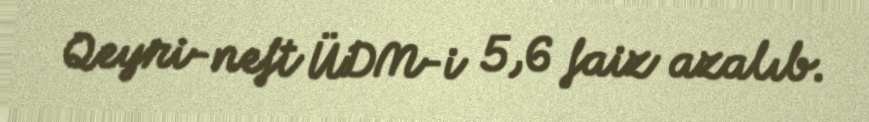
Qeyri-neft ÜDM-i 5,6 faiz azalıb.